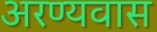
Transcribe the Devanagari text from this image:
अरण्यवास